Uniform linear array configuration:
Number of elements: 12
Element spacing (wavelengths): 1
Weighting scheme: hamming
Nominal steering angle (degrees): -45
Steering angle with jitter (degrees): -46.467
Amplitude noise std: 0.05
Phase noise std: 0.05

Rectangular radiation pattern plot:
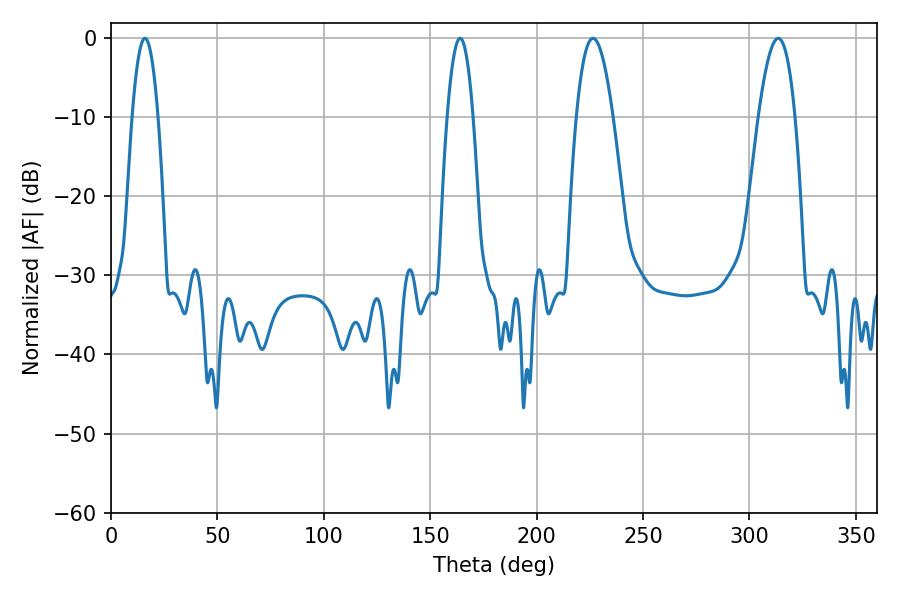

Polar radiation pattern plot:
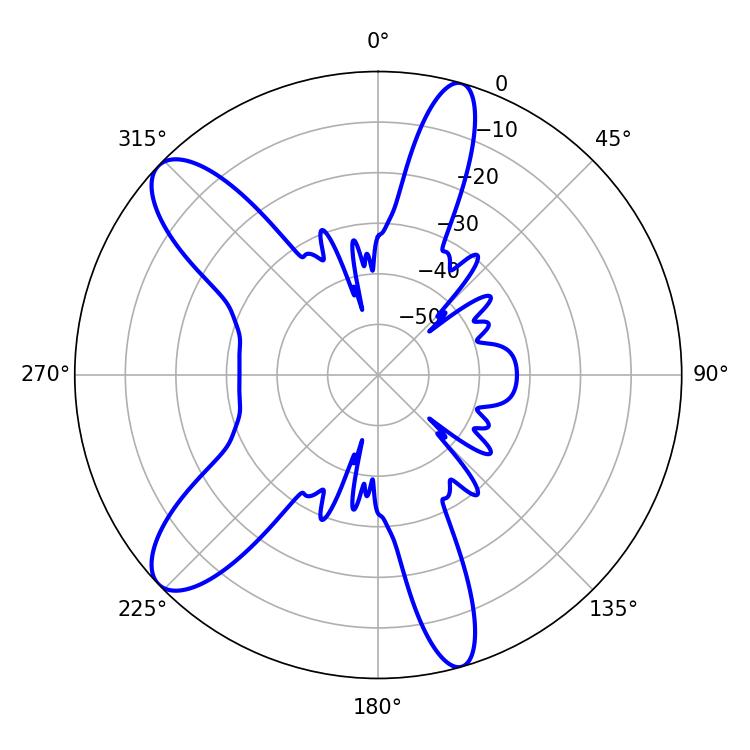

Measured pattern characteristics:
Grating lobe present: TRUE
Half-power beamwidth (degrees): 9.54
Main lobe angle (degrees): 226.44